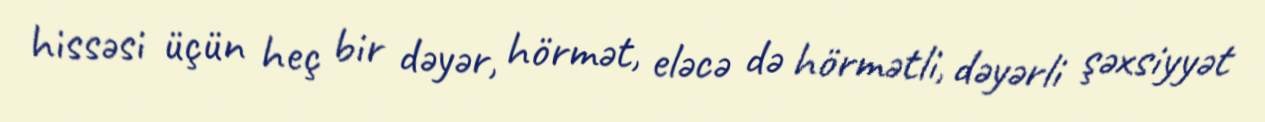
hissəsi üçün heç bir dəyər, hörmət, eləcə də hörmətli, dəyərli şəxsiyyət